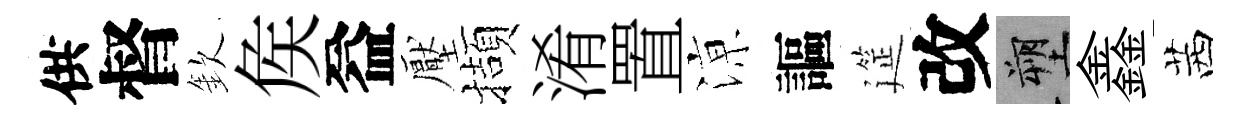
供督欽矦益壓擷淆置鿌謳筵改塑鑫茜